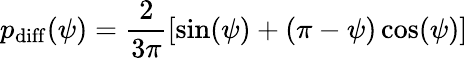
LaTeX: p_{\mathrm{diff}}(\psi)=\frac{2}{3\pi}\left[\sin(\psi)+(\pi-\psi)\cos(\psi)\right]